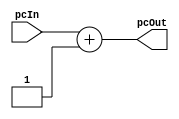
`timescale 1ns / 1ps
//////////////////////////////////////////////////////////////////////////////////
// Company: 
// Engineer: 
// 
// Design Name: 
// Module Name: IncrementPC
// Project Name: 
// Target Devices: 
// Tool Versions: 
// Description: 
// 
// Dependencies: 
// 
// Revision:
// Revision 0.01 - File Created
// Additional Comments:
// 
//////////////////////////////////////////////////////////////////////////////////


module IncrementPC(pcIn, pcOut);
    parameter bitLen = 16;
    input      [bitLen-1:0] pcIn;
    output     [bitLen-1:0] pcOut;
    // since memory is word-indexed, only need to increment pc by 1
    // only increment on clock edge to so reset PC works right
    assign pcOut = pcIn + 1'b1;
endmodule